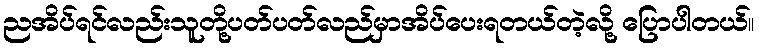
ညအိပ်ရင်လည်းသူတို့ပတ်ပတ်လည်မှာအိပ်ပေးရတယ်တဲ့လို့ ပြောပါတယ်။